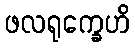
ဖလရုက္ခေဟိ